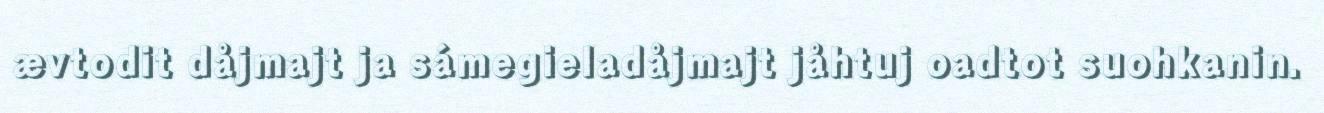
ævtodit dåjmajt ja sámegieladåjmajt jåhtuj oadtot suohkanin.